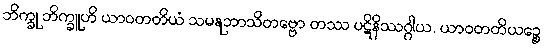
ဘိက္ခု ဘိက္ခူဟိ ယာဝတတိယံ သမနုဘာသိတဗ္ဗော တဿ ပဋိနိဿဂ္ဂါယ, ယာဝတတိယဉ္စေ